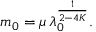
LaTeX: m _ { 0 } = \mu \, \lambda _ { 0 } ^ { \frac { 1 } { 2 - 4 K } } .